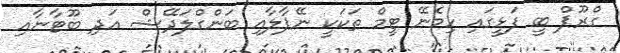
ގްރޫޕް ބީ ފަޅީގައި ހިމެނޭ ޓީމް ތަކަކީ ނޭޕާލާއި ބަންގްލަދޭޝް އަދި ބޫޓާނާއި